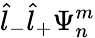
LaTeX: \hat{l}_{-}\hat{l}_{+}\Psi_{n}^{m}